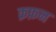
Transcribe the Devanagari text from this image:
क़फ़न